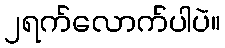
၂ရက်လောက်ပါပဲ။